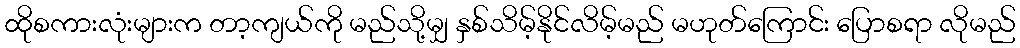
ထိုစကားလုံးများက တာ့ကျယ်ကို မည်သို့မျှ နှစ်သိမ့်နိုင်လိမ့်မည် မဟုတ်ကြောင်း ပြောစရာ လိုမည်